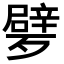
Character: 𣩩